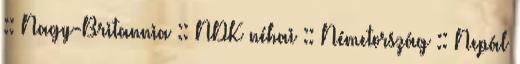
:: Nagy-Britannia :: NDK néhai :: Németország :: Nepál